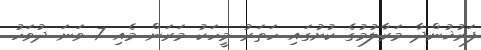
ފަރުޚުންދާ މަރާލުމުގެ ކުށުގައި ހަތަރު މީހަކު މަރަން މެއި 7 ވަނަ ދުވަހު